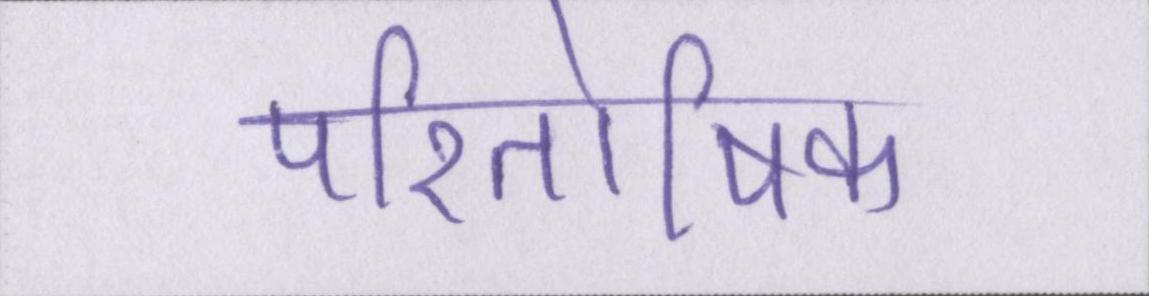
पारितोषिक